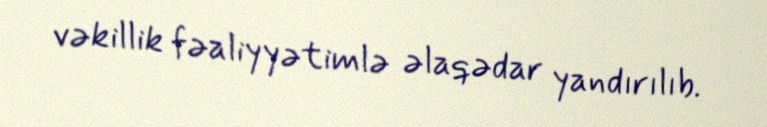
vəkillik fəaliyyətimlə əlaqədar yandırılıb.